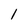
Character: 1